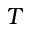
T